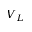
V _ { L }